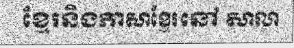
ខ្មែរនិងភាសាខ្មែរនៅ សាលា